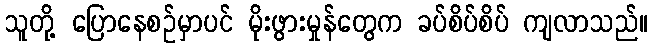
သူတို့ ပြောနေစဉ်မှာပင် မိုးဖွားမှုန်တွေက ခပ်စိပ်စိပ် ကျလာသည်။